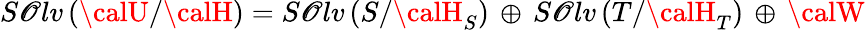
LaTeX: S\mathscr{O}lv\left({\calU}/{\calH}\right)=S\mathscr{O}lv\left({S}/{\calH}_{S}\right)\, \oplus\, S\mathscr{O}lv\left({T}/{\calH}_{T}\right)\, \oplus\, {\calW}